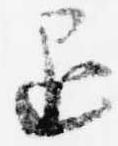
退